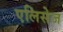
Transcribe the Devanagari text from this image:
एलिसेज